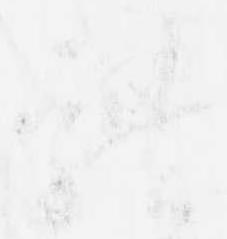
体